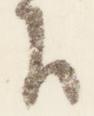
下